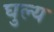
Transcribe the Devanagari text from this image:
घुल्य